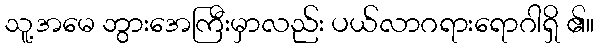
သူ့အမေ ဘွားအေကြီးမှာလည်း ပယ်လာဂရားရောဂါရှိ ၏။